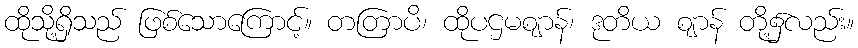
ထိုသို့ရှိသည် ဖြစ်သောကြောင့်။ တတြာပိ၊ ထိုပဌမဈာန်၊ ဒုတိယ ဈာန် တို့၌လည်း။